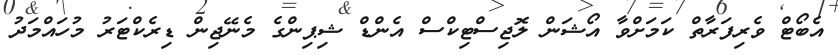
އެބޯޓް ވެރިފަރާތް ކަމަށްވާ އޯޝަން ލޮޖިސްޓިކްސް އެންޑް ޝިޕިންގެ މެނޭޖިން ޑިރެކްޓަރު މުހައްމަދު